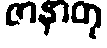
ဇာနာတု